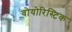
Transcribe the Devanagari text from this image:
वोयोरिस्टिक